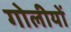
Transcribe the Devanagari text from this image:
गोलीयों